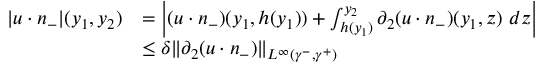
\begin{array} { r l } { | u \cdot n _ { - } | ( y _ { 1 } , y _ { 2 } ) } & { = \left| ( u \cdot n _ { - } ) ( y _ { 1 } , h ( y _ { 1 } ) ) + \int _ { h ( y _ { 1 } ) } ^ { y _ { 2 } } \partial _ { 2 } ( u \cdot n _ { - } ) ( y _ { 1 } , z ) \ d z \right| } \\ & { \leq \delta \| \partial _ { 2 } ( u \cdot n _ { - } ) \| _ { L ^ { \infty } ( \gamma ^ { - } , \gamma ^ { + } ) } } \end{array}